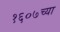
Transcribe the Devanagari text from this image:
१६०७च्या